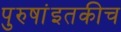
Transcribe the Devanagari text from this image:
पुरुषांइतकीच